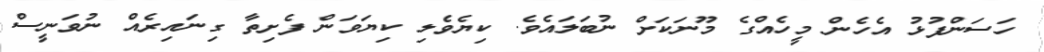
ހަސަންފުޅު އެހެން މީހެއްގެ މޫނަކަށް ނުބަލައެވެ. ކިޔެވެލި ކިޔަވަން ފެށިތާ ގިނައިރެއް ނުވަނީސް